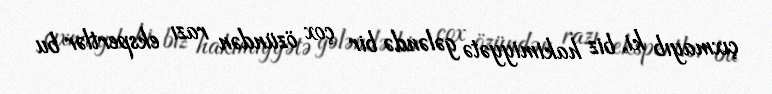
çıxmayıb ki, biz hakimiyyətə gələndə bir çox özündən razı ekspertlər bu